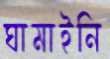
ঘামাইনি